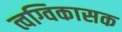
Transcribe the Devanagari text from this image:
त्वग्विकासक